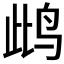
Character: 𲍵